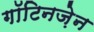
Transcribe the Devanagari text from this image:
गॉटिनज़ेन